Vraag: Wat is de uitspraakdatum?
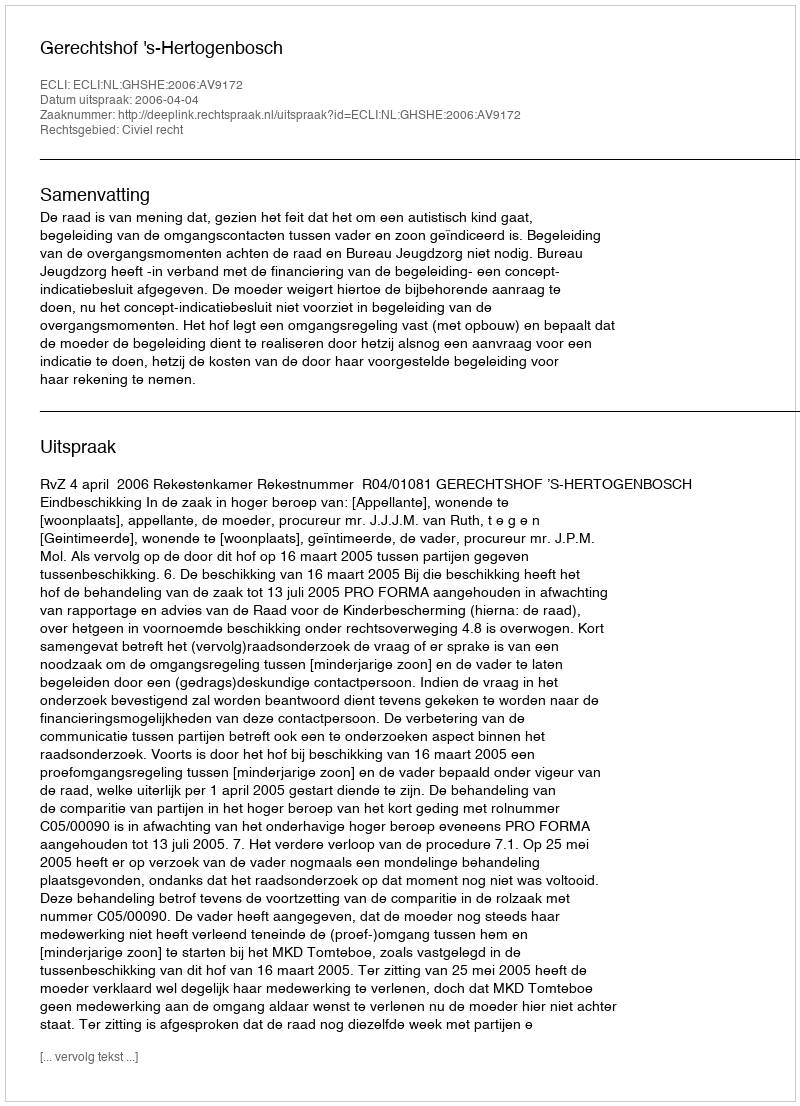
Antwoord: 2006-04-04